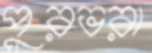
পুরভরা